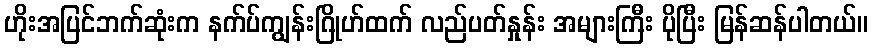
ဟိုးအပြင်ဘက်ဆုံးက နက်ပ်ကျွန်းဂြိုဟ်ထက် လည်ပတ်နှုန်း အများကြီး ပိုပြီး မြန်ဆန်ပါတယ်။